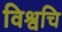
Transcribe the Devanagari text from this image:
विश्वचि